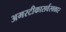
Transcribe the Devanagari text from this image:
अमरटीकासर्वस्वकार